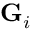
{ \bf G } _ { i }